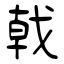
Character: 戟